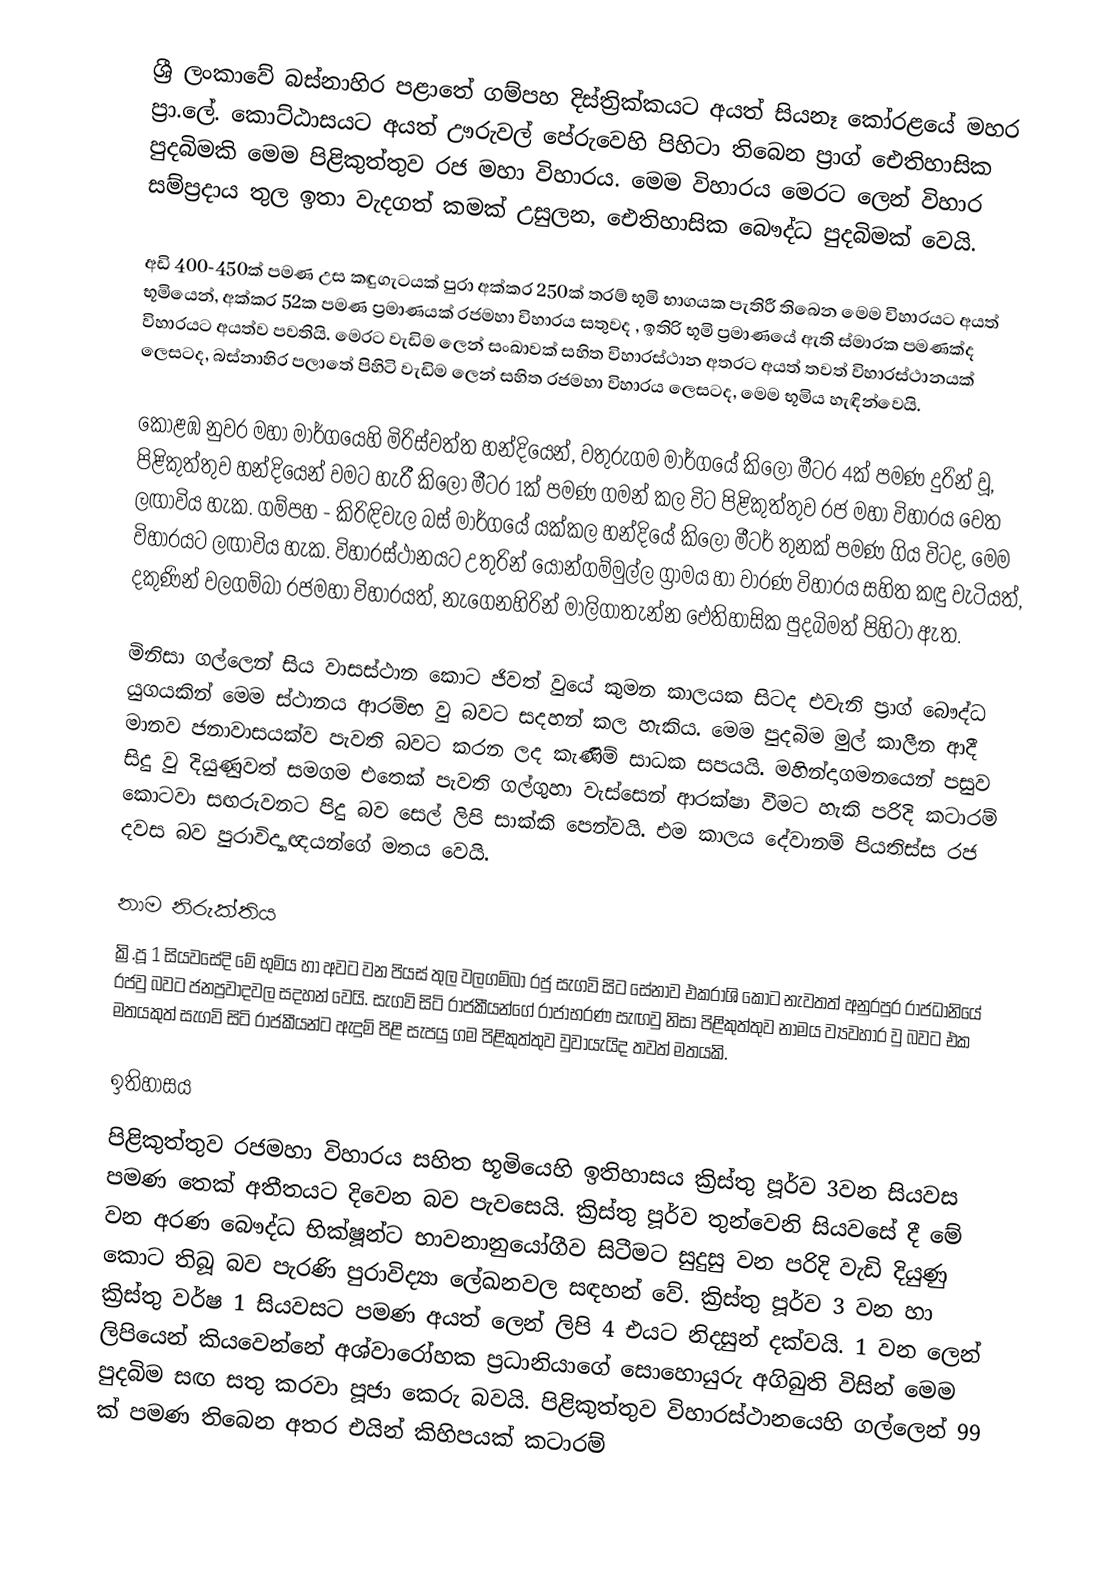
ශ්‍රී ලංකාවේ බස්නාහිර පළාතේ ගම්පහ දිස්ත්‍රික්කයට අයත් සියනෑ කෝරළයේ මහර ප්‍රා.ලේ. කොට්ඨාසයට අයත් ඌරුවල් පේරුවෙහි පිහිටා තිබෙන ප්‍රාග් ඓතිහාසික පුදබිමකි මෙම  පිළිකුත්තුව රජ මහා විහාරය. මෙම විහාරය මෙරට ලෙන් විහාර සම්ප‍්‍රදාය තුල ඉතා වැදගත් කමක් උසුලන, ඓතිහාසික බෞද්ධ පුදබිමක් වෙයි.

අඩි 400-450ක් පමණ උස කඳුගැටයක් පුරා අක්කර 250ක් තරම් භූමි භාගයක පැතිරී තිබෙන මෙම විහාරයට අයත් භූමියෙන්, අක්කර 52ක පමණ ප්‍රමාණයක් රජමහා විහාරය සතුවද , ඉතිරි භූමි ප්‍රමාණයේ ඇති ස්මාරක පමණක්ද විහාරයට අයත්ව පවතියි. මෙරට වැඩිම ලෙන් සංඛාවක් සහිත විහාරස්ථාන අතරට අයත් තවත් විහාරස්ථානයක් ලෙසටද, බස්නාහිර පලාතේ පිහිටි වැඩිම ලෙන් සහිත රජමහා විහාරය ලෙසටද, මෙම භූමිය හැඳින්වෙයි.

කොළඹ නුවර මහා මාර්ගයෙහි මිරිස්වත්ත හන්දියෙන්, වතුරුගම මාර්ගයේ  කිලෝ මීටර 4ක් පමණ දුරින් වූ, පිළිකුත්තුව හන්දියෙන්  වමට හැරී කිලෝ මීටර 1ක් පමණ ගමන් කල විට පිළිකුත්තුව රජ මහා විහාරය වෙත ලඟාවිය හැක. ගම්පහ - කිරිඳිවැල බස් මාර්ගයේ යක්කල හන්දියේ කිලෝ මීටර් තුනක් පමණ ගිය විටද, මෙම විහාරයට ලඟාවිය හැක. විහාරස්ථානයට උතුරින් යොන්ගම්මුල්ල ග්‍රාමය හා වාරණ විහාරය සහිත කඳු වැටියත්, දකුණින් වලගම්බා රජමහා විහාරයත්, නැගෙනහිරින් මාලිගාතැන්න ඓතිහාසික පුදබිමත් පිහිටා ඇත.

මිනිසා ගල්ලෙන් සිය වාසස්ථාන කොට ජිවත් වුයේ කුමන කාලයක සිටද එවැනි ප්‍රාග් බෞද්ධ යුගයකින් මෙම ස්ථානය ආරම්භ වු බවට සදහන් කල හැකිය. මෙම පුදබිම  මුල් කාලීන ආදී මානව ජනාවාසයක්ව පැවති බවට කරන ලද කැණිම් සාධක සපයයි. මහින්දාගමනයෙන් පසුව සිදු වු දියුණුවත් සමගම එතෙක් පැවති ගල්ගුහා වැස්සෙන් ආරක්ෂා වීමට හැකි පරිදි කටාරම් කොටවා සඟරුවනට පිදු බව ‍සෙල් ලිපි සාක්කි පෙන්වයි. එම කාලය දේවානම් පියතිස්ස රජ දවස බව පුරාවිද්‍යාඥයන්ගේ මතය වෙයි.

නාම නිරුක්තිය
ක්‍රි.පූ 1 සියවසේදි මේ භුමිය හා අවට වන පියස් තුල වලගම්බා රජු සැගවි සිට සේනාව එකරාශි කොට නැවතත් අනුරපුර රාජධානියේ රජවු බවට ජනප්‍රවාදවල සදහන් වෙයි. සැගවි සිටි රාජකීයන්ගේ රාජාභරණ සැඟවු නිසා පිළිකුත්තුව නාමය ව්‍යවහාර වු බවට එක මතයකුත් සැගවි සිටි රාජකීයන්ට ඇදුම් පිළි සැපයු ගම පිළිකුත්තුව වුවායැයිද තවත් මතයකි.

ඉතිහාසය
පිළිකුත්තුව රජමහා විහාරය සහිත භූමියෙහි ඉතිහාසය ක්‍රිස්තු පූර්ව 3වන සියවස පමණ තෙක් අතීතයට දිවෙන බව පැවසෙයි. ක්‍රිස්තු පූර්ව තුන්වෙනි සියවසේ දී මේ වන අරණ බෞද්ධ භික්ෂූන්ට භාවනානුයෝගීව සිටීමට සුදුසු වන පරිදි වැඩි දියුණු කොට තිබූ බව පැරණි පුරාවිද්‍යා ලේඛනවල සඳහන් වේ. ක්‍රිස්තු පූර්ව 3 වන හා ක්‍රිස්තු වර්ෂ 1 සියවසට පමණ අයත් ලෙන් ලිපි 4 එයට නිදසුන් දක්වයි. 1 වන ලෙන් ලිපියෙන් කියවෙන්නේ අශ්වාරෝහක ප්‍රධානියාගේ සොහොයුරු අගිබුති විසින් මෙම පුදබිම සඟ සතු කරවා පූජා කෙරු බවයි. පිළිකුත්තුව විහාරස්ථානයෙහි ගල්ලෙන් 99 ක් පමණ තිබෙන අතර එයින් කිහිපයක් කටාරම්